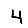
Digit: 4